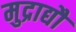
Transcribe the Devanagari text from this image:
मुद्राद्यौ